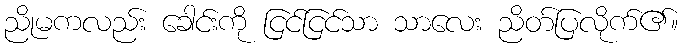
ညိုမကလည်း ခေါင်းကို ငြင်ငြင်သာ သာလေး ညိတ်ပြလိုက်၏။